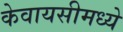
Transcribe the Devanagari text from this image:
केवायसीमध्ये